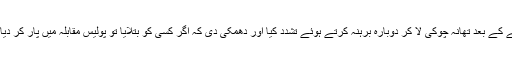
جسم نوچنے کے بعد تھانہ چوکی لا کر دوبارہ برہنہ کرتے ہوئے تشدد کیا اور دھمکی دی کہ اگر کسی کو بتلایا تو پولیس مقابلہ میں پار کر دیا جائے گا ۔